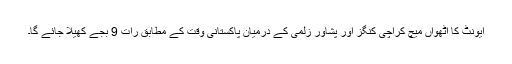
ایونٹ کا آٹھواں میچ کراچی کنگز اور پشاور زلمی کے درمیان پاکستانی وقت کے مطابق رات 9 بجے کھیلا جائے گا۔